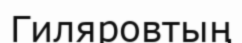
Гиляровтың